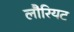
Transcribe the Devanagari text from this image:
लौरियट